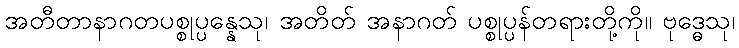
အတီတာနာဂတပစ္စုပ္ပန္နေသု၊ အတိတ် အနာဂတ် ပစ္စုပ္ပန်တရားတို့ကို။ ဗုဒ္ဓေသု၊